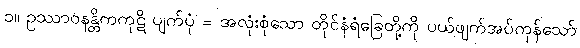
၁။ ဥဿာဝနန္တိကကုဋိ ပျက်ပုံ = အလုံးစုံသော တိုင်နံရံခြေတို့ကို ပယ်ဖျက်အပ်ကုန်သော်